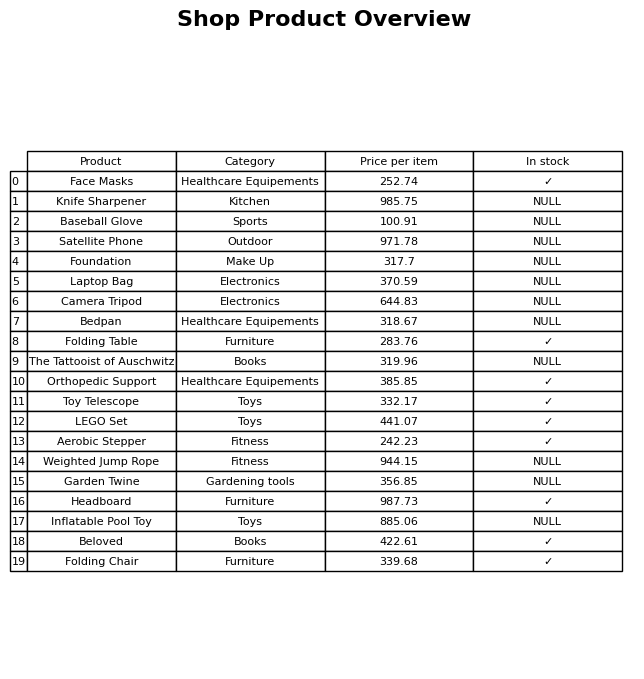
question: What is the price for LEGO Set?
answer: The price of LEGO Set is 441.07.